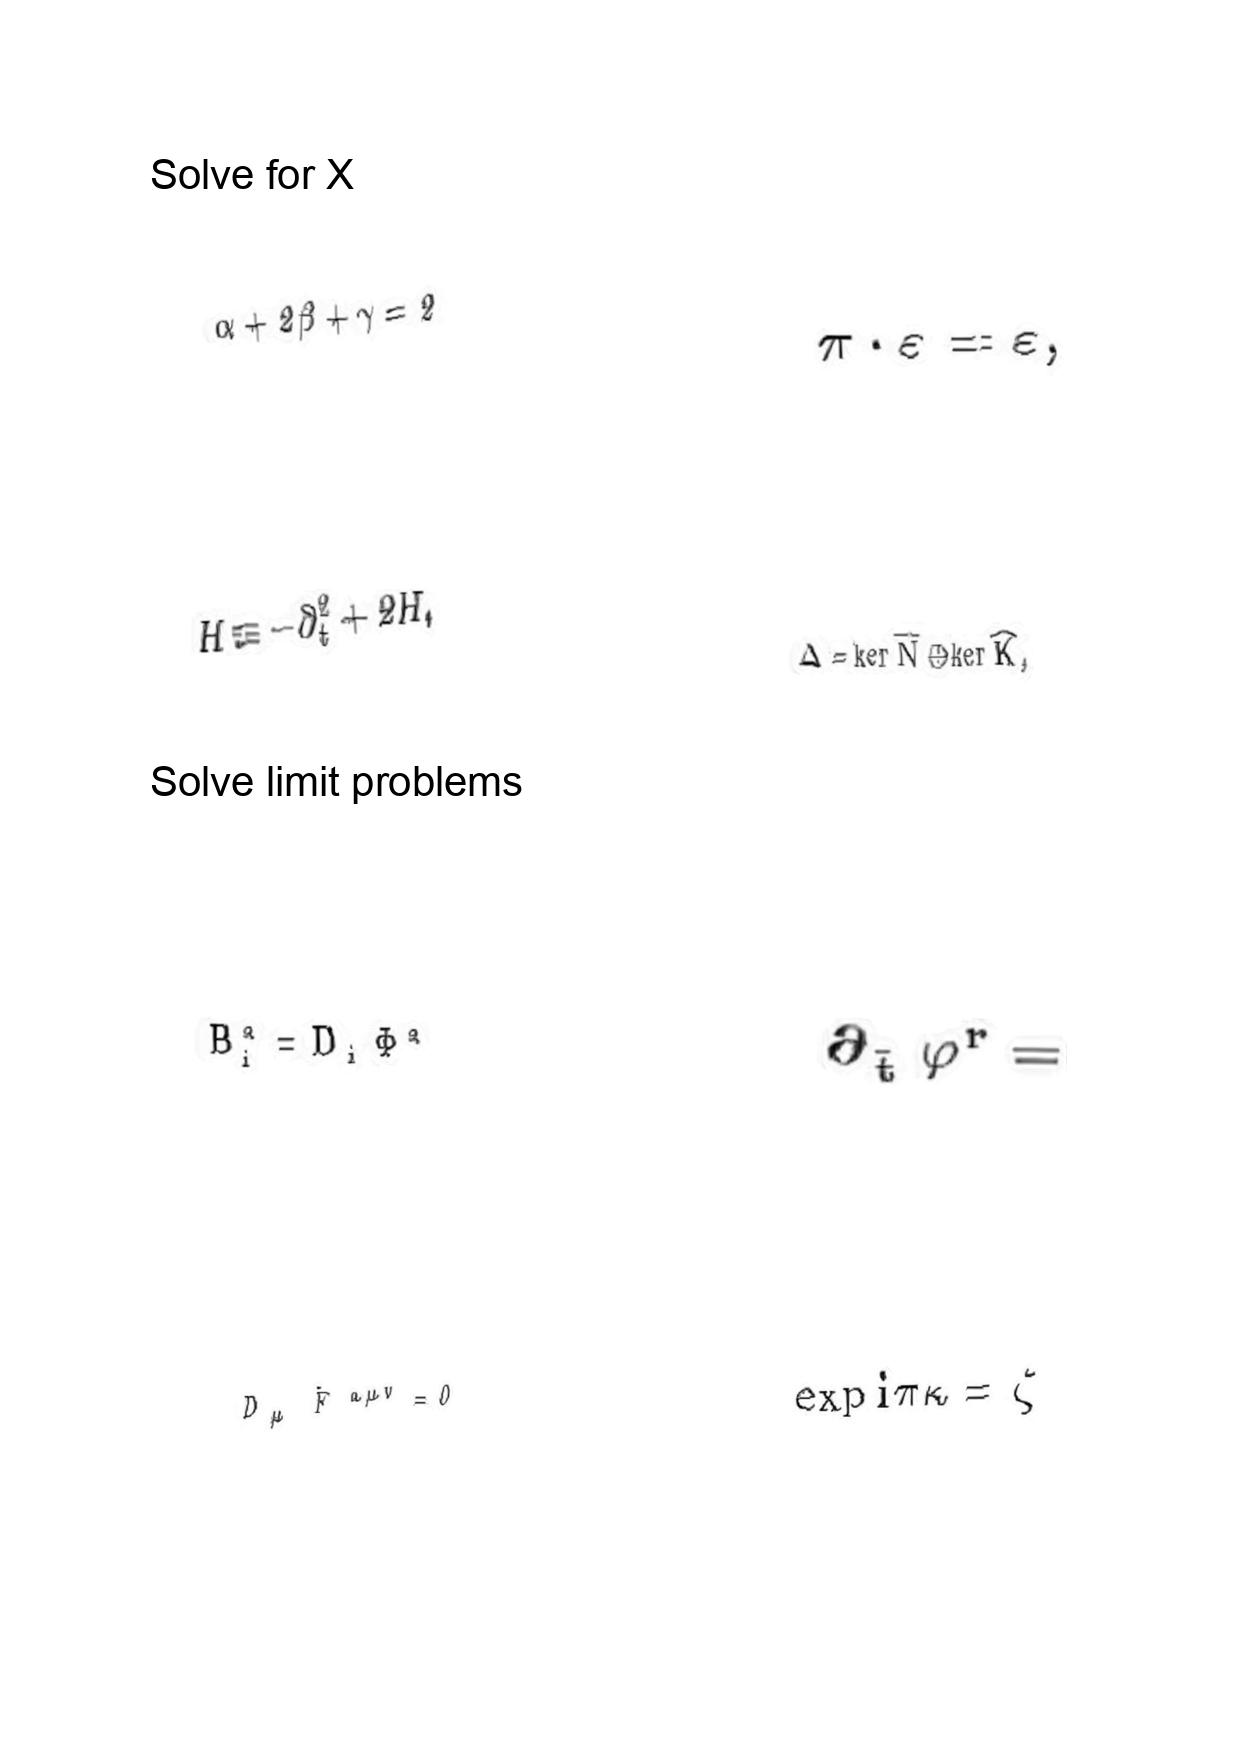
LaTeX transcription:
\alpha + 2 \beta + \gamma = 2
H \equiv - \partial _ { t } ^ { 2 } + 2 H ,
B _ { i } ^ { a } = D _ { i } \Phi ^ { a }
D _ { \mu } \hat { F } ^ { a \mu \nu } = 0
\pi \cdot \varepsilon = \varepsilon ,
\Delta = \ker \hat { N } \oplus \ker \hat { K } ,
\partial _ { \tilde { t } } \varphi ^ { r } =
\exp i \pi \kappa = \zeta